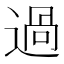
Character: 過